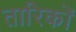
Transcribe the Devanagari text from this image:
तारिकों